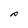
Character: P